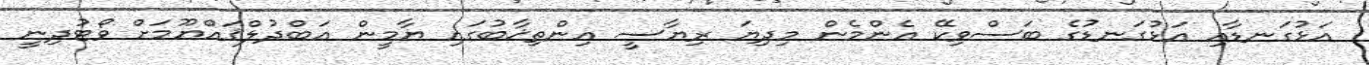
އަޅުގަނޑާއި އަޅުގަނޑުގެ ބަސްވިކޭ އެންމެން މިދިޔަ ރިޔާސީ އިންތިޚާބުގައި ޔާމީން ޢަބްދުލްޤައްޔޫމަށް ވޯޓުދިނީ